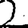
Digit: 2